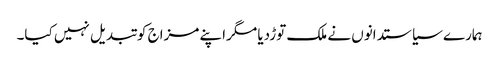
ہمارے سیاستدانوں نے ملک توڑدیا مگراپنے مزاج کو تبدیل نہیں کیا۔